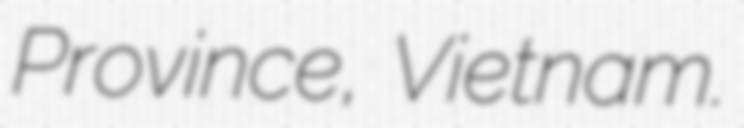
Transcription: Province, Vietnam.